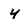
Character: 4